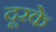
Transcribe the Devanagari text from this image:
दूरके